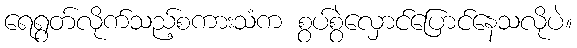
ရေရွတ်လိုက်သည့်စကားသံက စွပ်စွဲလှောင်ပြောင်နေသလိုပဲ။